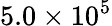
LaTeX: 5.0\times 10^{5}